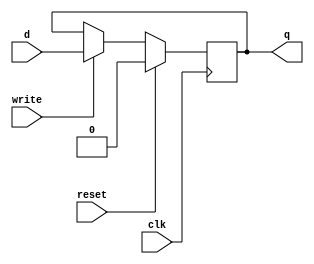
module D_FF(input clk, input reset, input write, input d, output reg q);
  always @(negedge clk)
  if(reset) q=0;
  else
    if(write) q=d;
endmodule

module tagBlock(input clk, input reset, input write, input [23:0] tag,output [23:0] tagData);

  D_FF d00(clk, reset,write,tag[0],tagData[0]);
  D_FF d01(clk, reset,write,tag[1],tagData[1]);
  D_FF d02(clk, reset,write,tag[2],tagData[2]);
  D_FF d03(clk, reset,write,tag[3],tagData[3]);
  D_FF d04(clk, reset,write,tag[4],tagData[4]);
  D_FF d05(clk, reset,write,tag[5],tagData[5]);
  D_FF d06(clk, reset,write,tag[6],tagData[6]);
  D_FF d07(clk, reset,write,tag[7],tagData[7]);
  D_FF d08(clk, reset,write,tag[8],tagData[8]);
  D_FF d09(clk, reset,write,tag[9],tagData[9]);
  D_FF d10(clk, reset,write,tag[10],tagData[10]);
  D_FF d11(clk, reset,write,tag[11],tagData[11]);
  D_FF d12(clk, reset,write,tag[12],tagData[12]);
  D_FF d13(clk, reset,write,tag[13],tagData[13]);
  D_FF d14(clk, reset,write,tag[14],tagData[14]);
  D_FF d15(clk, reset,write,tag[15],tagData[15]);
  D_FF d16(clk, reset,write,tag[16],tagData[16]);
  D_FF d17(clk, reset,write,tag[17],tagData[17]);
  D_FF d18(clk, reset,write,tag[18],tagData[18]);
  D_FF d19(clk, reset,write,tag[19],tagData[19]);
  D_FF d20(clk, reset,write,tag[20],tagData[20]);
  D_FF d21(clk, reset,write,tag[21],tagData[21]);
  D_FF d22(clk, reset,write,tag[22],tagData[22]);
  D_FF d23(clk, reset,write,tag[23],tagData[23]);
endmodule

module tagArray(input clk, input reset, input [7:0] we, input [23:0] tag, output [23:0] tagOut0, output [23:0] tagOut1, output [23:0] tagOut2, output [23:0]  tagOut3, output [23:0]  tagOut4, output [23:0]  tagOut5, output [23:0]  tagOut6, output [23:0]  tagOut7);

  tagBlock t0(clk,reset,we[0],tag,tagOut0);
  tagBlock t1(clk,reset,we[1],tag,tagOut1);
  tagBlock t2(clk,reset,we[2],tag,tagOut2);
  tagBlock t3(clk,reset,we[3],tag,tagOut3);
  tagBlock t4(clk,reset,we[4],tag,tagOut4);
  tagBlock t5(clk,reset,we[5],tag,tagOut5);
  tagBlock t6(clk,reset,we[6],tag,tagOut6);
  tagBlock t7(clk,reset,we[7],tag,tagOut7);
endmodule